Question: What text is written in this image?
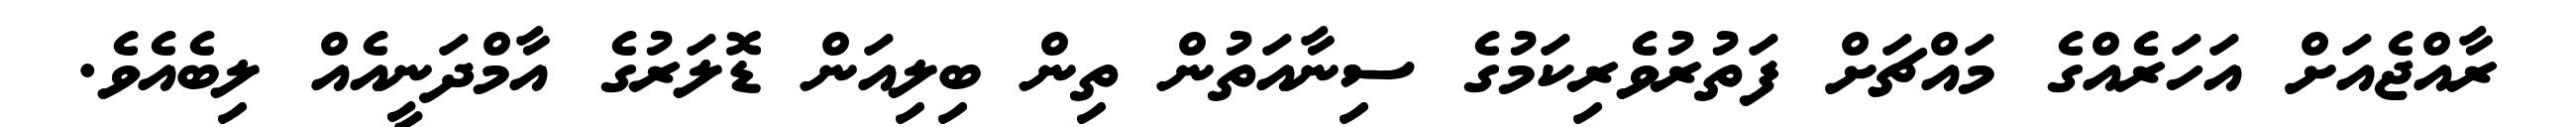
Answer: ރާއްޖެއަށް އަހަރެއްގެ މައްޗަށް ފަތުރުވެރިކަމުގެ ސިނާއަތުން ތިން ބިލިއަން ޑޮލަރުގެ އާމްދަނީއެއް ލިބެއެވެ.